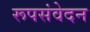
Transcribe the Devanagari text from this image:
रूपसंवेदन